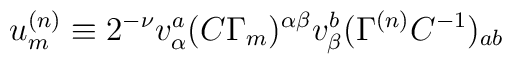
u^{{ (n)}}_{{ m}}\equiv 2^{-\nu } v^{{ a}}_{\alpha }(C\Gamma _{{ m}})^{\alpha \beta } v^{{ b}}_{\beta }(\Gamma ^{{ (n)}}C^{-{ 1}})_{{ ab}}